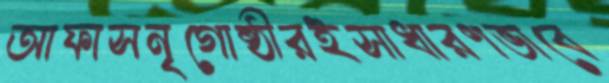
আফাসনৃগোষ্ঠীরইসাধারণভাবে